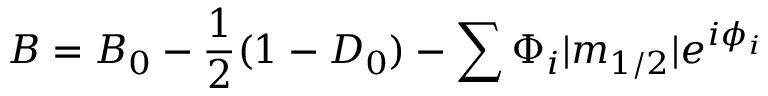
B = B _ { 0 } - \frac { 1 } { 2 } ( 1 - D _ { 0 } ) - \sum \Phi _ { i } | m _ { 1 / 2 } | e ^ { i \phi _ { i } }